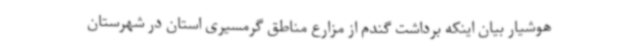
هوشیار بیان اینکه برداشت گندم از مزارع مناطق گرمسیری استان در شهرستان